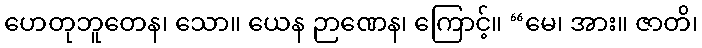
ဟေတုဘူတေန၊ သော။ ယေန ဉာဏေန၊ ကြောင့်။ “မေ၊ အား။ ဇာတိ၊